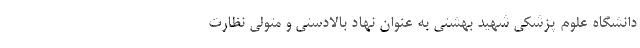
دانشگاه علوم پزشکی شهید بهشتی به عنوان نهاد بالادستی و متولی نظارت